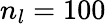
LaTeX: n_{l}=100